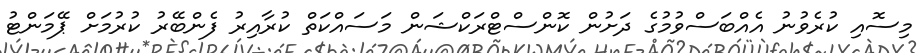
މިސޮއި ކުރެވުނު އެއްބަސްވުމުގެ ދަށުން ކޮންސްޓްރަކްޝަން މަސައްކަތް ކުރާއިރު ފެންބޭރު ކުރުމަށް ޕޭމަންޓު